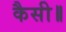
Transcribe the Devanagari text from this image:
कैसी॥